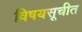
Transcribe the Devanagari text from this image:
विषयसूचीत